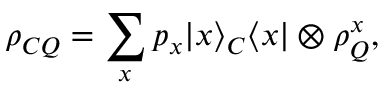
\rho _ { C Q } = \sum _ { x } p _ { x } | x \rangle _ { C } \langle x | \otimes \rho _ { Q } ^ { x } ,